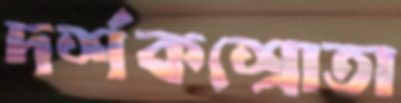
দর্শকশ্রোতা